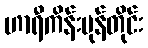
ဟာရီကိန်းမုန်တိုင်း